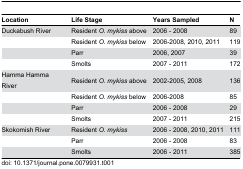
<table><thead><tr><td><b>Location</b></td><td><b>Life Stage</b></td><td><b>Years Sampled</b></td><td><b>N</b></td></tr></thead><tbody><tr><td>Duckabush River</td><td>Resident <i>O. mykiss</i> above</td><td>2006 - 2008</td><td>89</td></tr><tr><td></td><td>Resident <i>O. mykiss</i> below</td><td>2006-2008, 2010, 2011</td><td>119</td></tr><tr><td></td><td>Parr</td><td>2006, 2007</td><td>39</td></tr><tr><td></td><td>Smolts</td><td>2007 - 2011</td><td>172</td></tr><tr><td>Hamma Hamma River</td><td>Resident <i>O. mykiss</i> above</td><td>2002-2005, 2008</td><td>136</td></tr><tr><td></td><td>Resident <i>O. mykiss</i> below</td><td>2006-2008</td><td>85</td></tr><tr><td></td><td>Parr</td><td>2006 - 2008</td><td>29</td></tr><tr><td></td><td>Smolts</td><td>2007 - 2011</td><td>215</td></tr><tr><td>Skokomish River</td><td>Resident <i>O. mykiss</i></td><td>2006 - 2008, 2010, 2011</td><td>111</td></tr><tr><td></td><td>Parr</td><td>2006 - 2008</td><td>83</td></tr><tr><td></td><td>Smolts</td><td>2006 - 2011</td><td>385</td></tr></tbody></table>